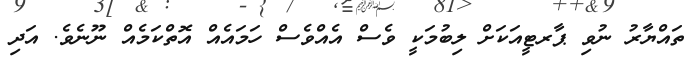
ތައްޔާރު ނުވި ޕާރޓީއަކަށް ލިބުމަކީ ވެސް އެއްވެސް ހަމައެއް އޮތްކަމެއް ނޫނެވެ. އަދި